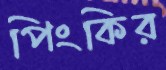
পিংকির